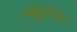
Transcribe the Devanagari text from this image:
खुरखुरा